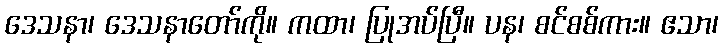
ဒေသနာ၊ ဒေသနာတော်ကို။ ကထာ၊ ပြုအပ်ပြီ။ ပန၊ စင်စစ်ကား။ ဧသာ၊